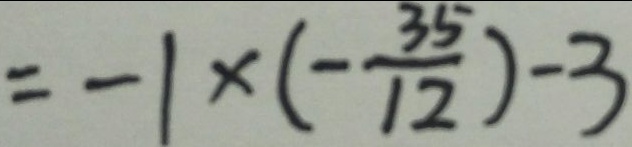
= - 1 \times ( - \frac { 3 5 } { 1 2 } ) - 3